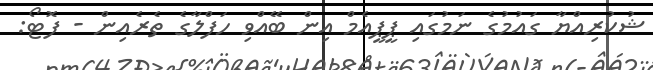
ޝުކުރިއްޔާ ގައުމުގެ ނަމުގައި ޕީޕީއެމް އިން ބޭއްވި ހަފްލާގެ ތެރެއިން - ފޮޓޯ: